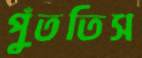
পুঁততিস